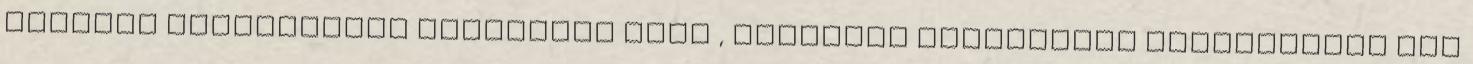
szakmai szervezetet alapított MRTT , emellett tudományos bizottságot MTA